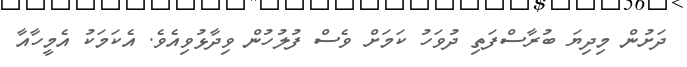
ދަށުން މިދިޔަ ބުރާސްފަތި ދުވަހު ކަމަށް ވެސް ފުލުހުން ވިދާޅުވިއެވެ. އެކަމަކު އެމީހާއާ